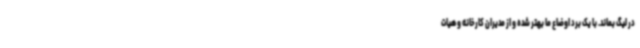
در لیگ بماند. با یک برد اوضاع ما بهتر شده و از مدیران کارخانه و هیات